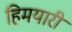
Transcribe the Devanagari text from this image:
हिमयारी